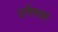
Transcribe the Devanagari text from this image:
दर्पणवर